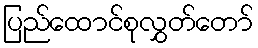
ပြည်ထောင်စုလွှတ်တော်